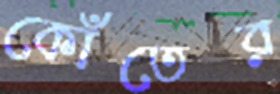
কোঁতের